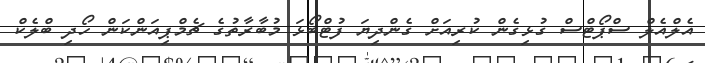
އެލްއެލް ސްޕޯޓްސް ގުޅިގެން ކުރިއަށް ގެންދިޔަ ފުޓްބޯޅަ މުބާރާތުގެ ޗެމްޕިއަންކަން ހޯދި ބްލެކް